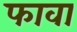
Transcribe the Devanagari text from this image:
फावा